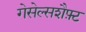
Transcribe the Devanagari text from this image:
गेसेल्सशैफ़्ट